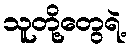
သူတို့တွေရဲ့